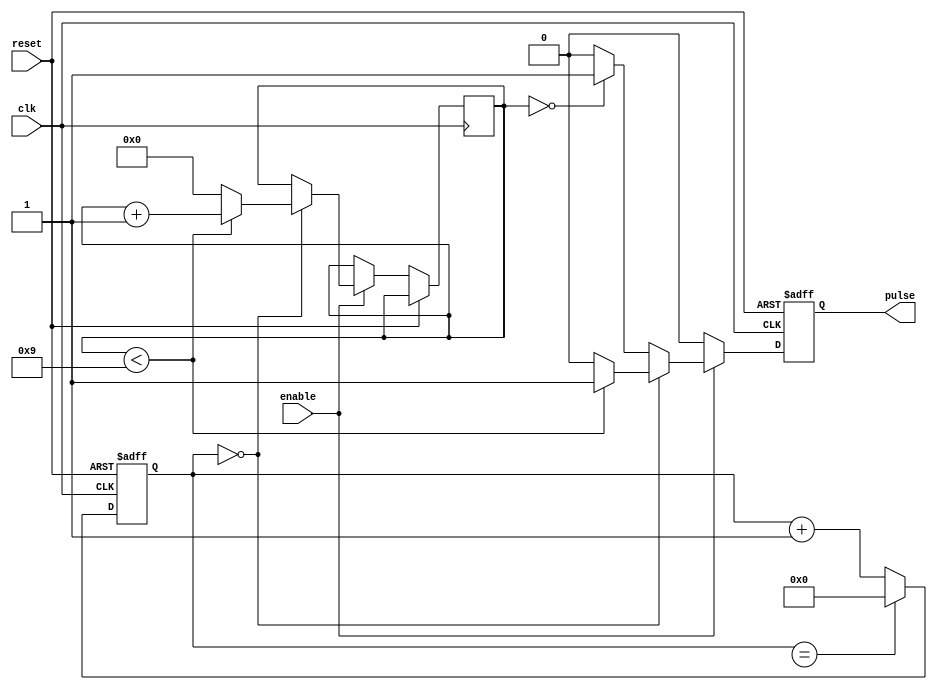
module DutyCyclePulseGenerator(
    input wire clk,
    input wire reset,
    input wire enable,
    output reg pulse
);

reg [11:0] counter;
reg [3:0] duty_cycle_counter;
reg [11:0] clock_divider;

// Clock Divider
always @(posedge clk or posedge reset) begin
    if (reset) begin
        counter <= 12'd0;
    end else begin
        if (counter == clock_divider) begin
            counter <= 12'd0;
        end else begin
            counter <= counter + 1;
        end
    end
end

always @(posedge clk or posedge reset) begin
    if (reset) begin
        pulse <= 1'b0;
    end else begin
        if (enable) begin
            if (counter == 0) begin
                if (duty_cycle_counter < 9) begin
                    duty_cycle_counter <= duty_cycle_counter + 1;
                    pulse <= 1'b1;
                end else begin
                    duty_cycle_counter <= 0;
                    pulse <= 1'b0;
                end
            end else begin
                if (duty_cycle_counter == 0) begin
                    pulse <= 1'b1;
                end else begin
                    pulse <= 1'b0;
                end
            end
        end else begin
            pulse <= 1'b0;
        end
    end
end

endmodule